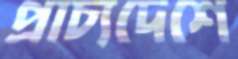
প্রাচ্যদেশে